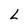
Character: L